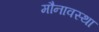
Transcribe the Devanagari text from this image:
मौनावस्था